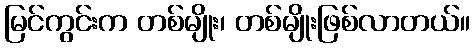
မြင်ကွင်းက တစ်မျိုး၊ တစ်မျိုးဖြစ်လာတယ်။